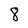
Character: 8